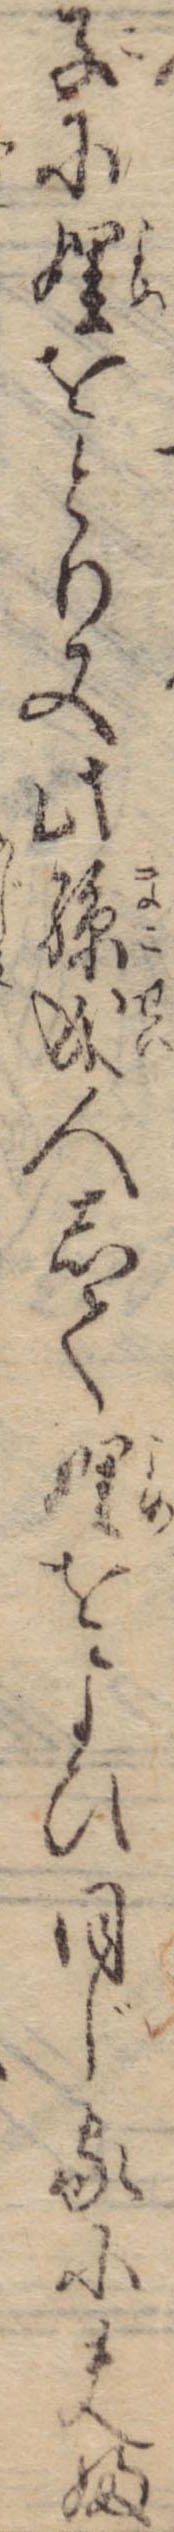
子に娌をとり又此孫成人して娌をよひ同じ家に夫婦